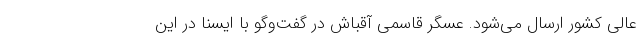
عالی کشور ارسال می‌شود. عسگر قاسمی آقباش در گفت‌وگو با ایسنا در این